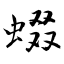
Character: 蝃